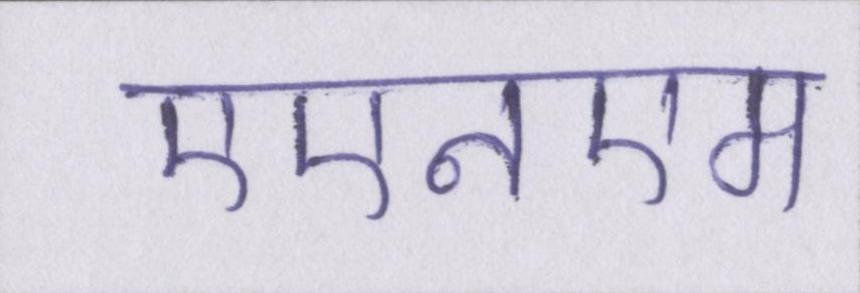
एएनएम